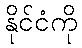
နိုင်ငံကို